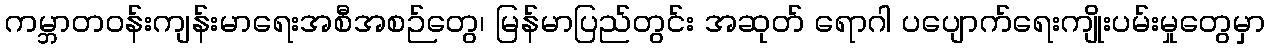
ကမ္ဘာတဝန်းကျန်းမာရေးအစီအစဉ်တွေ၊ မြန်မာပြည်တွင်း အဆုတ် ရောဂါ ပပျောက်ရေးကျိုးပမ်းမှုတွေမှာ